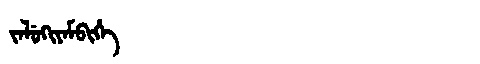
Manchu: ᠵᠠᠯᡠᡴᡳᠶᠠᠮᠪᡳᡥᡝ
Romanization: JALUKIYAMBIHE